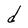
Character: d